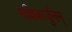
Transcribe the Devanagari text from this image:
मल्लिकार्जुनम्